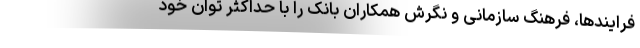
فرایندها، فرهنگ‌ سازمانی و نگرش همکاران بانک را با حداکثر توان خود